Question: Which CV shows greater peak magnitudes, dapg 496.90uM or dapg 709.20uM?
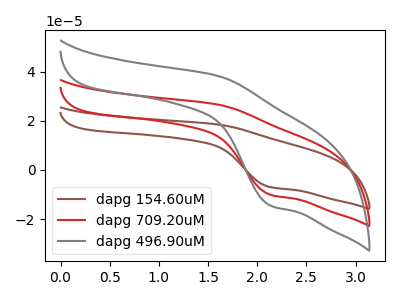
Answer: <think>The brown curve "dapg 154.60uM" has an anodic peak at (1.60V, 53.30uA) and a cathodic peak at (2.15V, -20.10uA). The red curve "dapg 709.20uM" has an anodic peak at (1.60V, 26.65uA) and a cathodic peak at (2.15V, -10.05uA). The gray curve "dapg 496.90uM" has an anodic peak at (1.60V, 38.35uA) and a cathodic peak at (2.15V, -14.50uA).</think>
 <answer>Every peak in "dapg 496.90uM" is higher than every peak in "dapg 709.20uM".</answer>
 <eval>higher</eval>